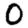
Digit: 0